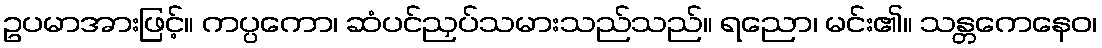
ဥပမာအားဖြင့်။ ကပ္ပကော၊ ဆံပင်ညှပ်သမားသည်သည်။ ရညော၊ မင်း၏။ သန္တကေနေဝ၊